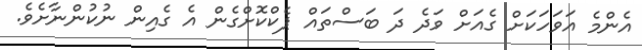
އެންމެ އަވަހަކަށް ގެއަށް ވަދެ ދަ ބަސްތައް ޕެކްކޮށްގެން އެ ގެއިން ނުކުންނާށެވެ.